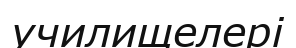
училищелері